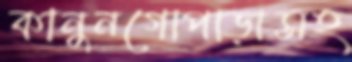
কানুনগোপাড়াসহ